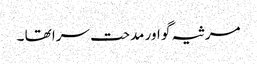
مرثیہ گو اور مدحت سرا تھا ۔